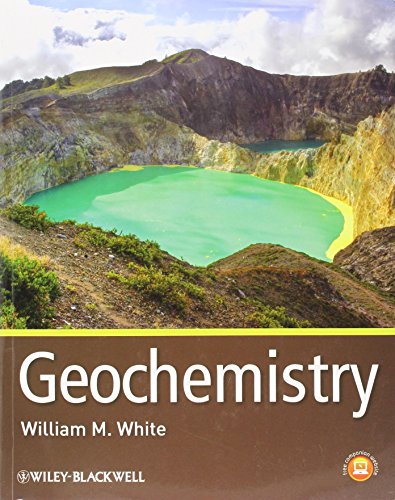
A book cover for Geochemistry; William M. White; Science & Math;